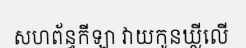
សហព័ន្ធកីឡា វាយកូនឃ្លីលើ